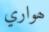
ھواري